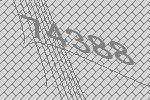
74388